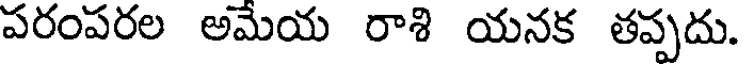
పరంపరల అమేయ రాశి యనక తప్పదు.